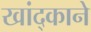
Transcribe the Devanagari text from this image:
खांद्काने